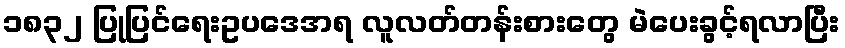
၁၈၃၂ ပြုပြင်ရေးဥပဒေအရ လူလတ်တန်းစားတွေ မဲပေးခွင့်ရလာပြီး